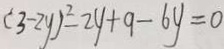
( 3 - 2 y ) ^ { 2 } - 2 y + 9 - 6 y = 0